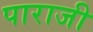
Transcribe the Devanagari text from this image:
पाराजी